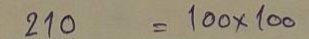
210 = 100x100